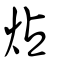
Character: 炶